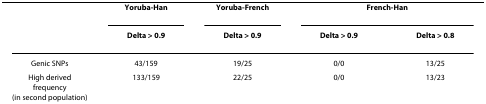
<table><thead><tr><td></td><td><b>Yoruba-Han</b></td><td><b>Yoruba-French</b></td><td colspan="2"><b>French-Han</b></td></tr><tr><td></td><td><b>Delta &gt; 0.9</b></td><td><b>Delta &gt; 0.9</b></td><td><b>Delta &gt; 0.9</b></td><td><b>Delta &gt; 0.8</b></td></tr></thead><tbody><tr><td>Genic SNPs</td><td>43/159</td><td>19/25</td><td>0/0</td><td>13/25</td></tr><tr><td>High derived frequency(in second population)</td><td>133/159</td><td>22/25</td><td>0/0</td><td>13/23</td></tr></tbody></table>